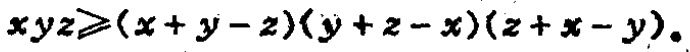
\(xyz\geqslant(x + y - z)(y + z - x)(z + x - y)\)